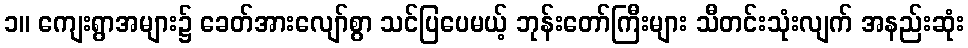
၁။ ကျေးရွာအများ၌ ခေတ်အားလျော်စွာ သင်ပြပေမယ့် ဘုန်းတော်ကြီးများ သီတင်းသုံးလျက် အနည်းဆုံး